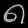
Digit: ၈